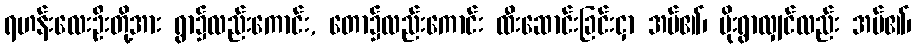
ရဟန်းလေးဦးတို့အား ရွာ၌လည်းကောင်း, တော၌လည်းကောင်း ထီးဆောင်းခြင်းငှာ အပ်၏၊ မိုးရွာလျှင်လည်း အပ်၏၊